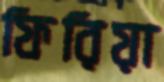
ফিরিয়া